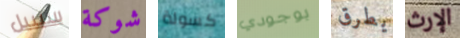
سيبيل شوكة كسولة بوجودي يطرق الإرث